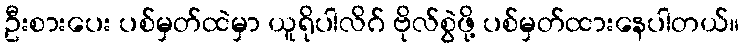
ဦးစားပေး ပစ်မှတ်ထဲမှာ ယူရိုပါလိဂ် ဗိုလ်စွဲဖို့ ပစ်မှတ်ထားနေပါတယ်။